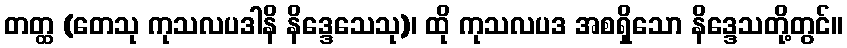
တတ္ထ (တေသု ကုသလပဒါနိ နိဒ္ဒေသေသု)၊ ထို ကုသလပဒ အစရှိသော နိဒ္ဒေသတို့တွင်။